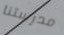
مدرستنا